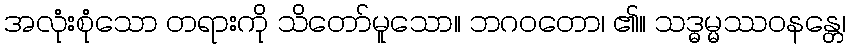
အလုံးစုံသော တရားကို သိတော်မူသော။ ဘဂဝတော၊ ၏။ သဒ္ဓမ္မဿဝနန္တေ၊